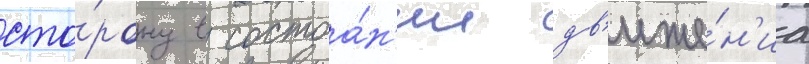
сто́рону в состоа́н'ии дв'иже́н'иа